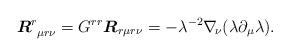
LaTeX: \begin{align*}\mbox{\boldmath{$R$}}^r_{\ \mu r\nu}= G^{rr}\mbox{\boldmath{$R$}}_{r\mu r\nu}=-\lambda^{-2}\nabla_{\!\nu}(\lambda\partial_\mu\lambda).\end{align*}